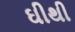
ઘીથી